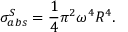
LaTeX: \sigma _ { a b s } ^ { S } = \frac { 1 } { 4 } \pi ^ { 2 } \omega ^ { 4 } R ^ { 4 } .